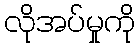
လိုအပ်မှုကို